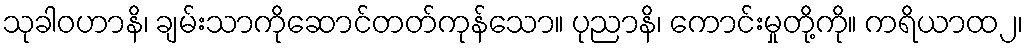
သုခါဝဟာနိ၊ ချမ်းသာကိုဆောင်တတ်ကုန်သော။ ပုညာနိ၊ ကောင်းမှုတို့ကို။ ကရိယာထ၂၊